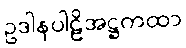
ဥဒါနပါဠိအဋ္ဌကထာ